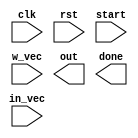
`timescale 1ns/1ns
`default_nettype none

module single_neuron #
	( 	parameter N = 10,
		parameter DW = 8,
		parameter DW_VEC = N*DW
	)(
		// clock and reset signal
		input 	wire 					clk,
		input 	wire 					rst,
		
		// Input control signal
		input 	wire 					start,
		
		// Weight and Activation input vector 
		input 	wire 	[DW_VEC-1:0] 	in_vec,
		input 	wire 	[DW_VEC-1:0]  	w_vec,
		
		// Result output
		output 	wire	[DW-1:0]		out,
		output	wire					done
	);
	// We assume DW is fixed at 8, as proj. description suggests

endmodule